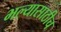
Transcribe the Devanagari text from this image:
भल्यासाठीच